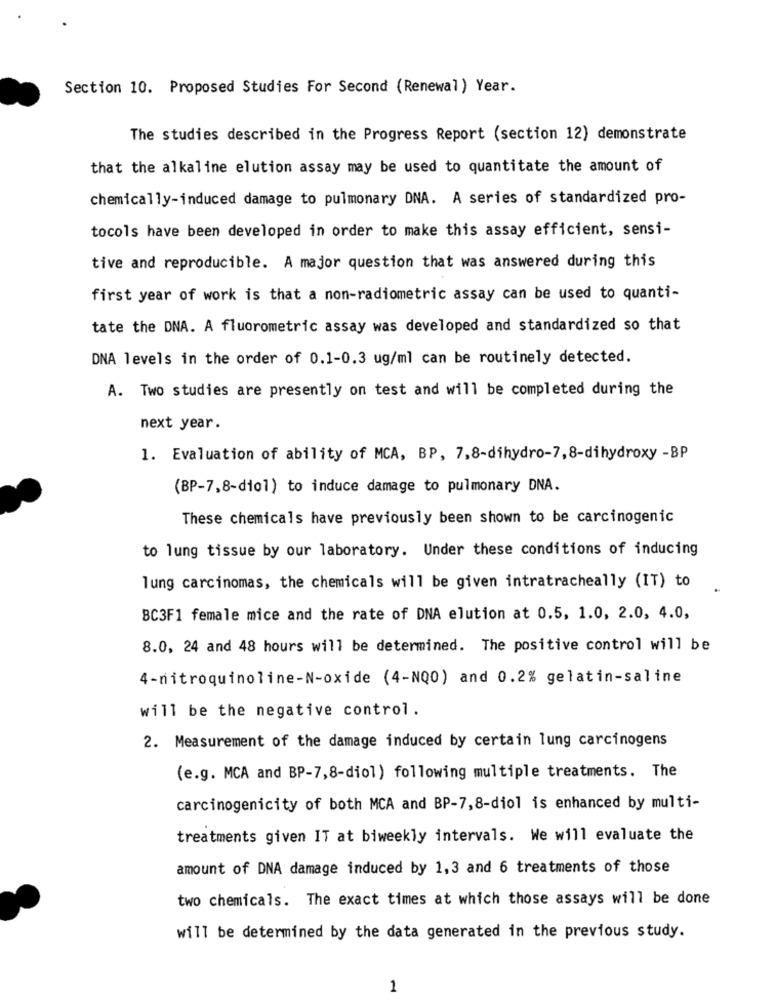
Section 10. Proposed Studies For Second (Renewal ) Year.
The studies described in the Progress Report (section 12) demonstrate
that the alkaline elution assay may be used to quantitate the amount of
chemically-induced damage to pulmonary DNA. A series of standardized pro-
tocols have been developed in order to make this assay efficient, sensi-
tive and reproducible. A major question that was answered during this
first year of work is that a non-radiometric assay can be used to quanti-
tate the DNA. A fluorometric assay was developed and standardized so that
DNA levels in the order of 0.1-0.3 ug/ml can be routinely detected.
A. Two studies are presently on test and will be completed during the
next year.
1. Evaluation of ability of MCA, BP, 7,8-dihydro-7, 8-dihydroxy -BP
(BP-7,8-dio1) to induce damage to pulmonary DNA.
These chemicals have previously been shown to be carcinogenic
to lung tissue by our laboratory. Under these conditions of inducing
lung carcinomas, the chemicals will be given intratracheally (IT) to
BC3F1 female mice and the rate of DNA elution at 0.5, 1.0, 2.0, 4.0,
8.0, 24 and 48 hours will be determined. The positive control will be
4-nitroquinoline-N-oxide (4-NQ0) and 0.2% gelatin-saline
will be the negative control.
2. Measurement of the damage induced by certain lung carcinogens
(e.g. MCA and BP-7,8-diol) following multiple treatments. The
carcinogenicity of both MCA and BP-7,8-diol is enhanced by multi-
treatments given IT at biweekly intervals. We will evaluate the
amount of DNA damage induced by 1,3 and 6 treatments of those
two chemicals. The exact times at which those assays will be done
will be determined by the data generated in the previous study.
1